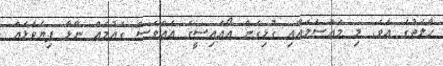
ހާލަތުގަ އެވެ. މި މައްސަލައާއި ގުޅިގެން އޯއައިސީގެ އެއްވެސް ގައުމެއް ނާޅާ ފިޔަވަޅެއް